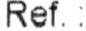
REF.: